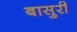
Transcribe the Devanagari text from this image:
बासुरी